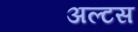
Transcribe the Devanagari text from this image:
अल्टस